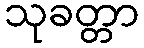
သုခတ္တာ